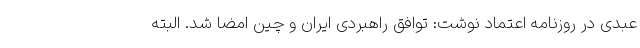
عبدی در روزنامه اعتماد نوشت: توافق راهبردی ایران و چین امضا شد. البته